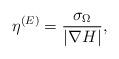
LaTeX: \begin{align*}\eta^{(E)}=\frac{\sigma_{\Omega}}{|\nabla H|},\end{align*}